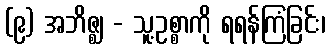
(၉) အဘိဇ္ဈ - သူ့ဥစ္စာကို ရရန်ကြံခြင်း၊